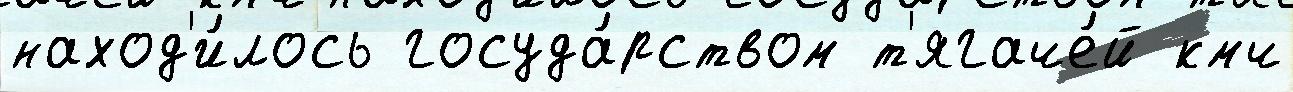
наход'и́лось госуда́рством т'ягаче́й кмч